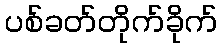
ပစ်ခတ်တိုက်ခိုက်